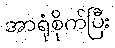
အာရုံစိုက်ပြီး